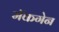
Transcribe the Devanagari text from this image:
मॅकगेन